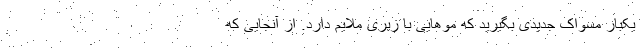
یکبار مسواک جدیدی بگیرید که موهایی با زبری ملایم دارد. از آنجایی که